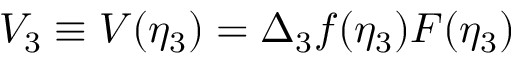
V _ { 3 } \equiv V ( \eta _ { 3 } ) = \Delta _ { 3 } f ( \eta _ { 3 } ) F ( \eta _ { 3 } )